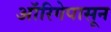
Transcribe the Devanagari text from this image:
ऑरिगेपासून